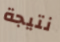
نتيجة